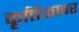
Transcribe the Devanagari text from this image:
कृत्तिकावर